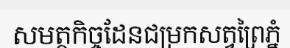
សមត្ថកិច្ចដែនជម្រកសត្វព្រៃភ្នំ